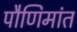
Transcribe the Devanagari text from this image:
पौणिमांत